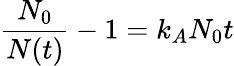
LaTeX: \frac{N_{0}}{N(t)}-1=k_{A}N_{0}t